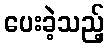
ပေးခဲ့သည့်